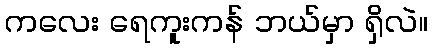
ကလေး ရေကူးကန် ဘယ်မှာ ရှိလဲ။